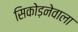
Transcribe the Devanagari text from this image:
सिकोड़नेवाला